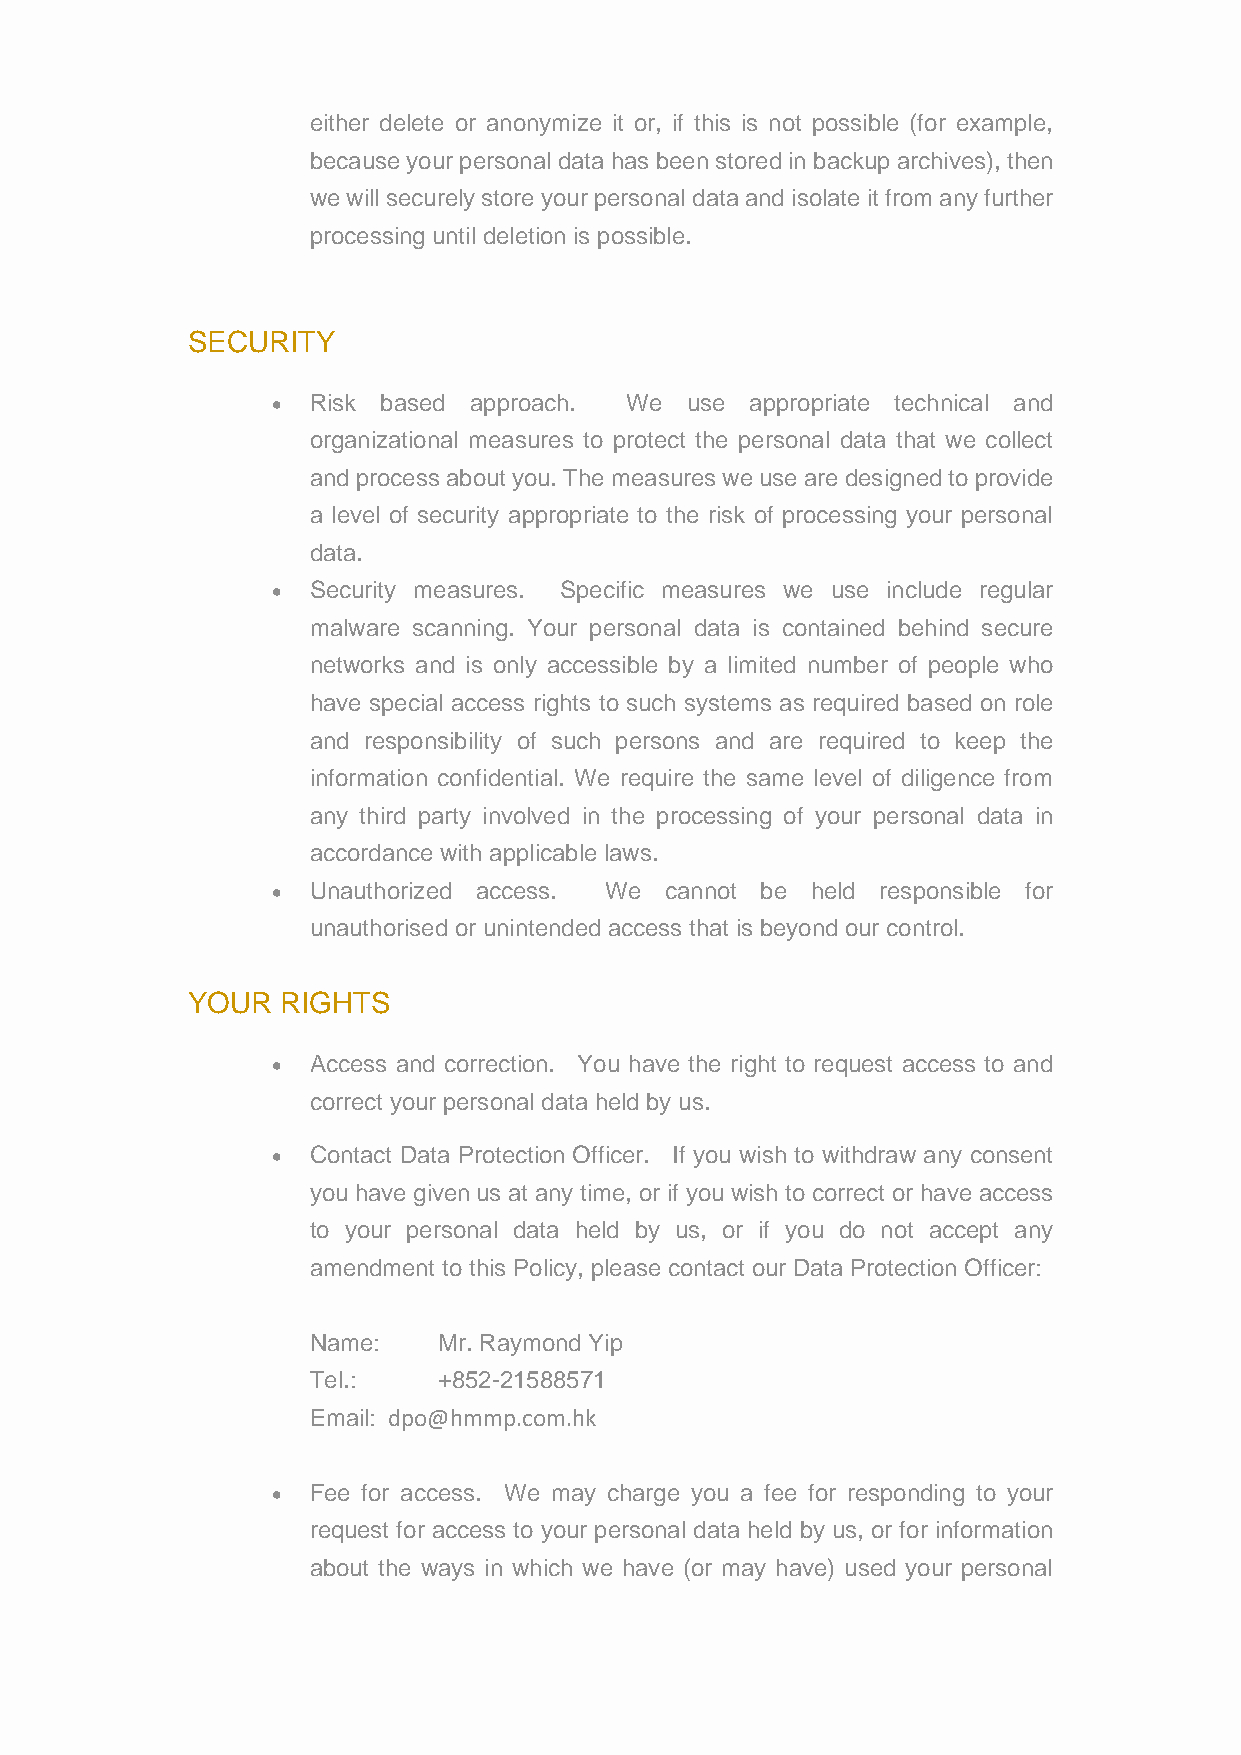
either delete or anonymize it or, if this is not possible (for example,
 because your personal data has been stored in backup archives), then
 we will securely store your personal data and isolate it from any further
 processing until deletion is possible.
 SECURITY
 • Risk based approach. We  use  appropriate technical and
 organizational measures to protect the personal data that we collect
 and process about you. The measures we use are designed to provide
 a level of security appropriate to the risk of processing your personal
 data.
 • Security measures. Specific measures we use include regular
 malware scanning. Your personal data is contained behind secure
 networks and is only accessible by a limited number of people who
 have special access rights to such systems as required based on role
 and responsibility of such persons and are required to keep the
 information confidential. We require the same level of diligence from
 any third party involved in the processing of your personal data in
 accordance with applicable laws.
 • Unauthorized access. We cannot be held responsible for
 unauthorised or unintended access that is beyond our control.
 YOUR   RIGHTS
 • Access and correction. You have the right to request access to and
 correct your personal data held by us.
 • Contact Data Protection Officer. If you wish to withdraw any consent
 you have given us at any time, or if you wish to correct or have access
 to your personal data held by us, or if you do not accept any
 amendment to this Policy, please contact our Data Protection Officer:
 Name:    Mr. Raymond Yip
 Tel.:    +852-21588571
 Email: dpo@hmmp.com.hk
 • Fee for access. We may charge you a fee for responding to your
 request for access to your personal data held by us, or for information
 about the ways in which we have (or may have) used your personal